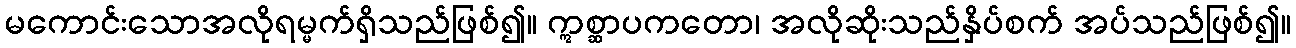
မကောင်းသောအလိုရမ္မက်ရှိသည်ဖြစ်၍။ ဣစ္ဆာပကတော၊ အလိုဆိုးသည်နှိပ်စက် အပ်သည်ဖြစ်၍။